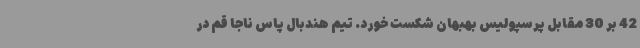
42 بر 30 مقابل پرسپولیس بهبهان شکست خورد. تیم هندبال پاس ناجا قم در